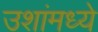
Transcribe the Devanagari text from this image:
उशांमध्ये